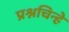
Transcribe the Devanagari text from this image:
प्रश्नचिन्हे